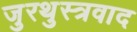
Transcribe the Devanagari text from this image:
जुरथुस्त्रवाद